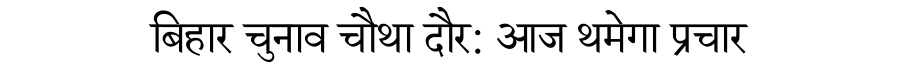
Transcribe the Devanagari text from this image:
बिहार चुनाव चौथा दौर: आज थमेगा प्रचार